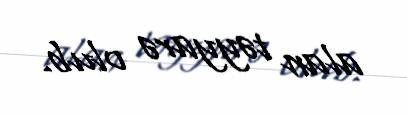
alan təyyarə olub.